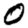
Digit: 0